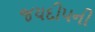
જયદીપની